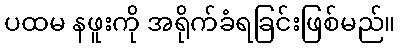
ပထမ နဖူးကို အရိုက်ခံရခြင်းဖြစ်မည်။